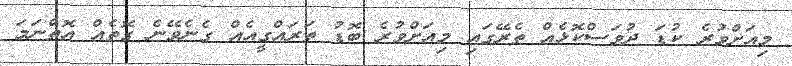
މިއަށްވުރެ ކުޑަ ދުވަސްކޮޅެއް ތެރޭގައި މިއަށްވުރެ ބޮޑު ތަރައްގީއެއް ގެނެވޭނެ ގޮތެއް އޮތްނަމަ